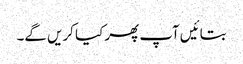
بتائیں آپ پھر کیا کریں گے۔